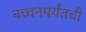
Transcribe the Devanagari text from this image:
बच्चनपर्यंतची